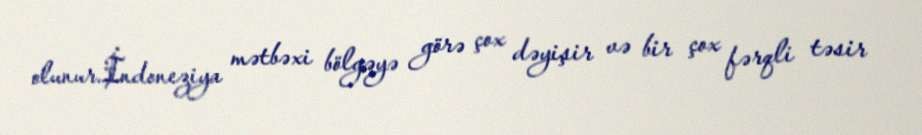
olunur.İndoneziya mətbəxi bölgəyə görə çox dəyişir və bir çox fərqli təsir